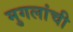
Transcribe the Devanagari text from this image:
मुगलांची